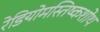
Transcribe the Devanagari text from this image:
रेडियोमस्तिष्कशोथ